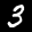
Label: 3